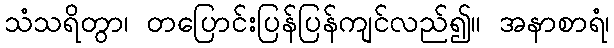
သံသရိတွာ၊ တပြောင်းပြန်ပြန်ကျင်လည်၍။ အနာစာရံ၊